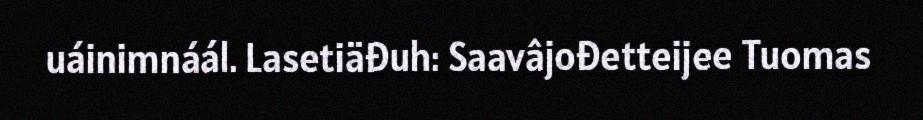
uáinimnáál. Lasetiäđuh: Saavâjođetteijee Tuomas